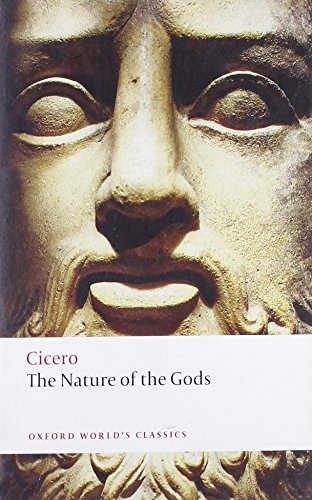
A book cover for The Nature of the Gods (Oxford World's Classics); Cicero; Literature & Fiction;